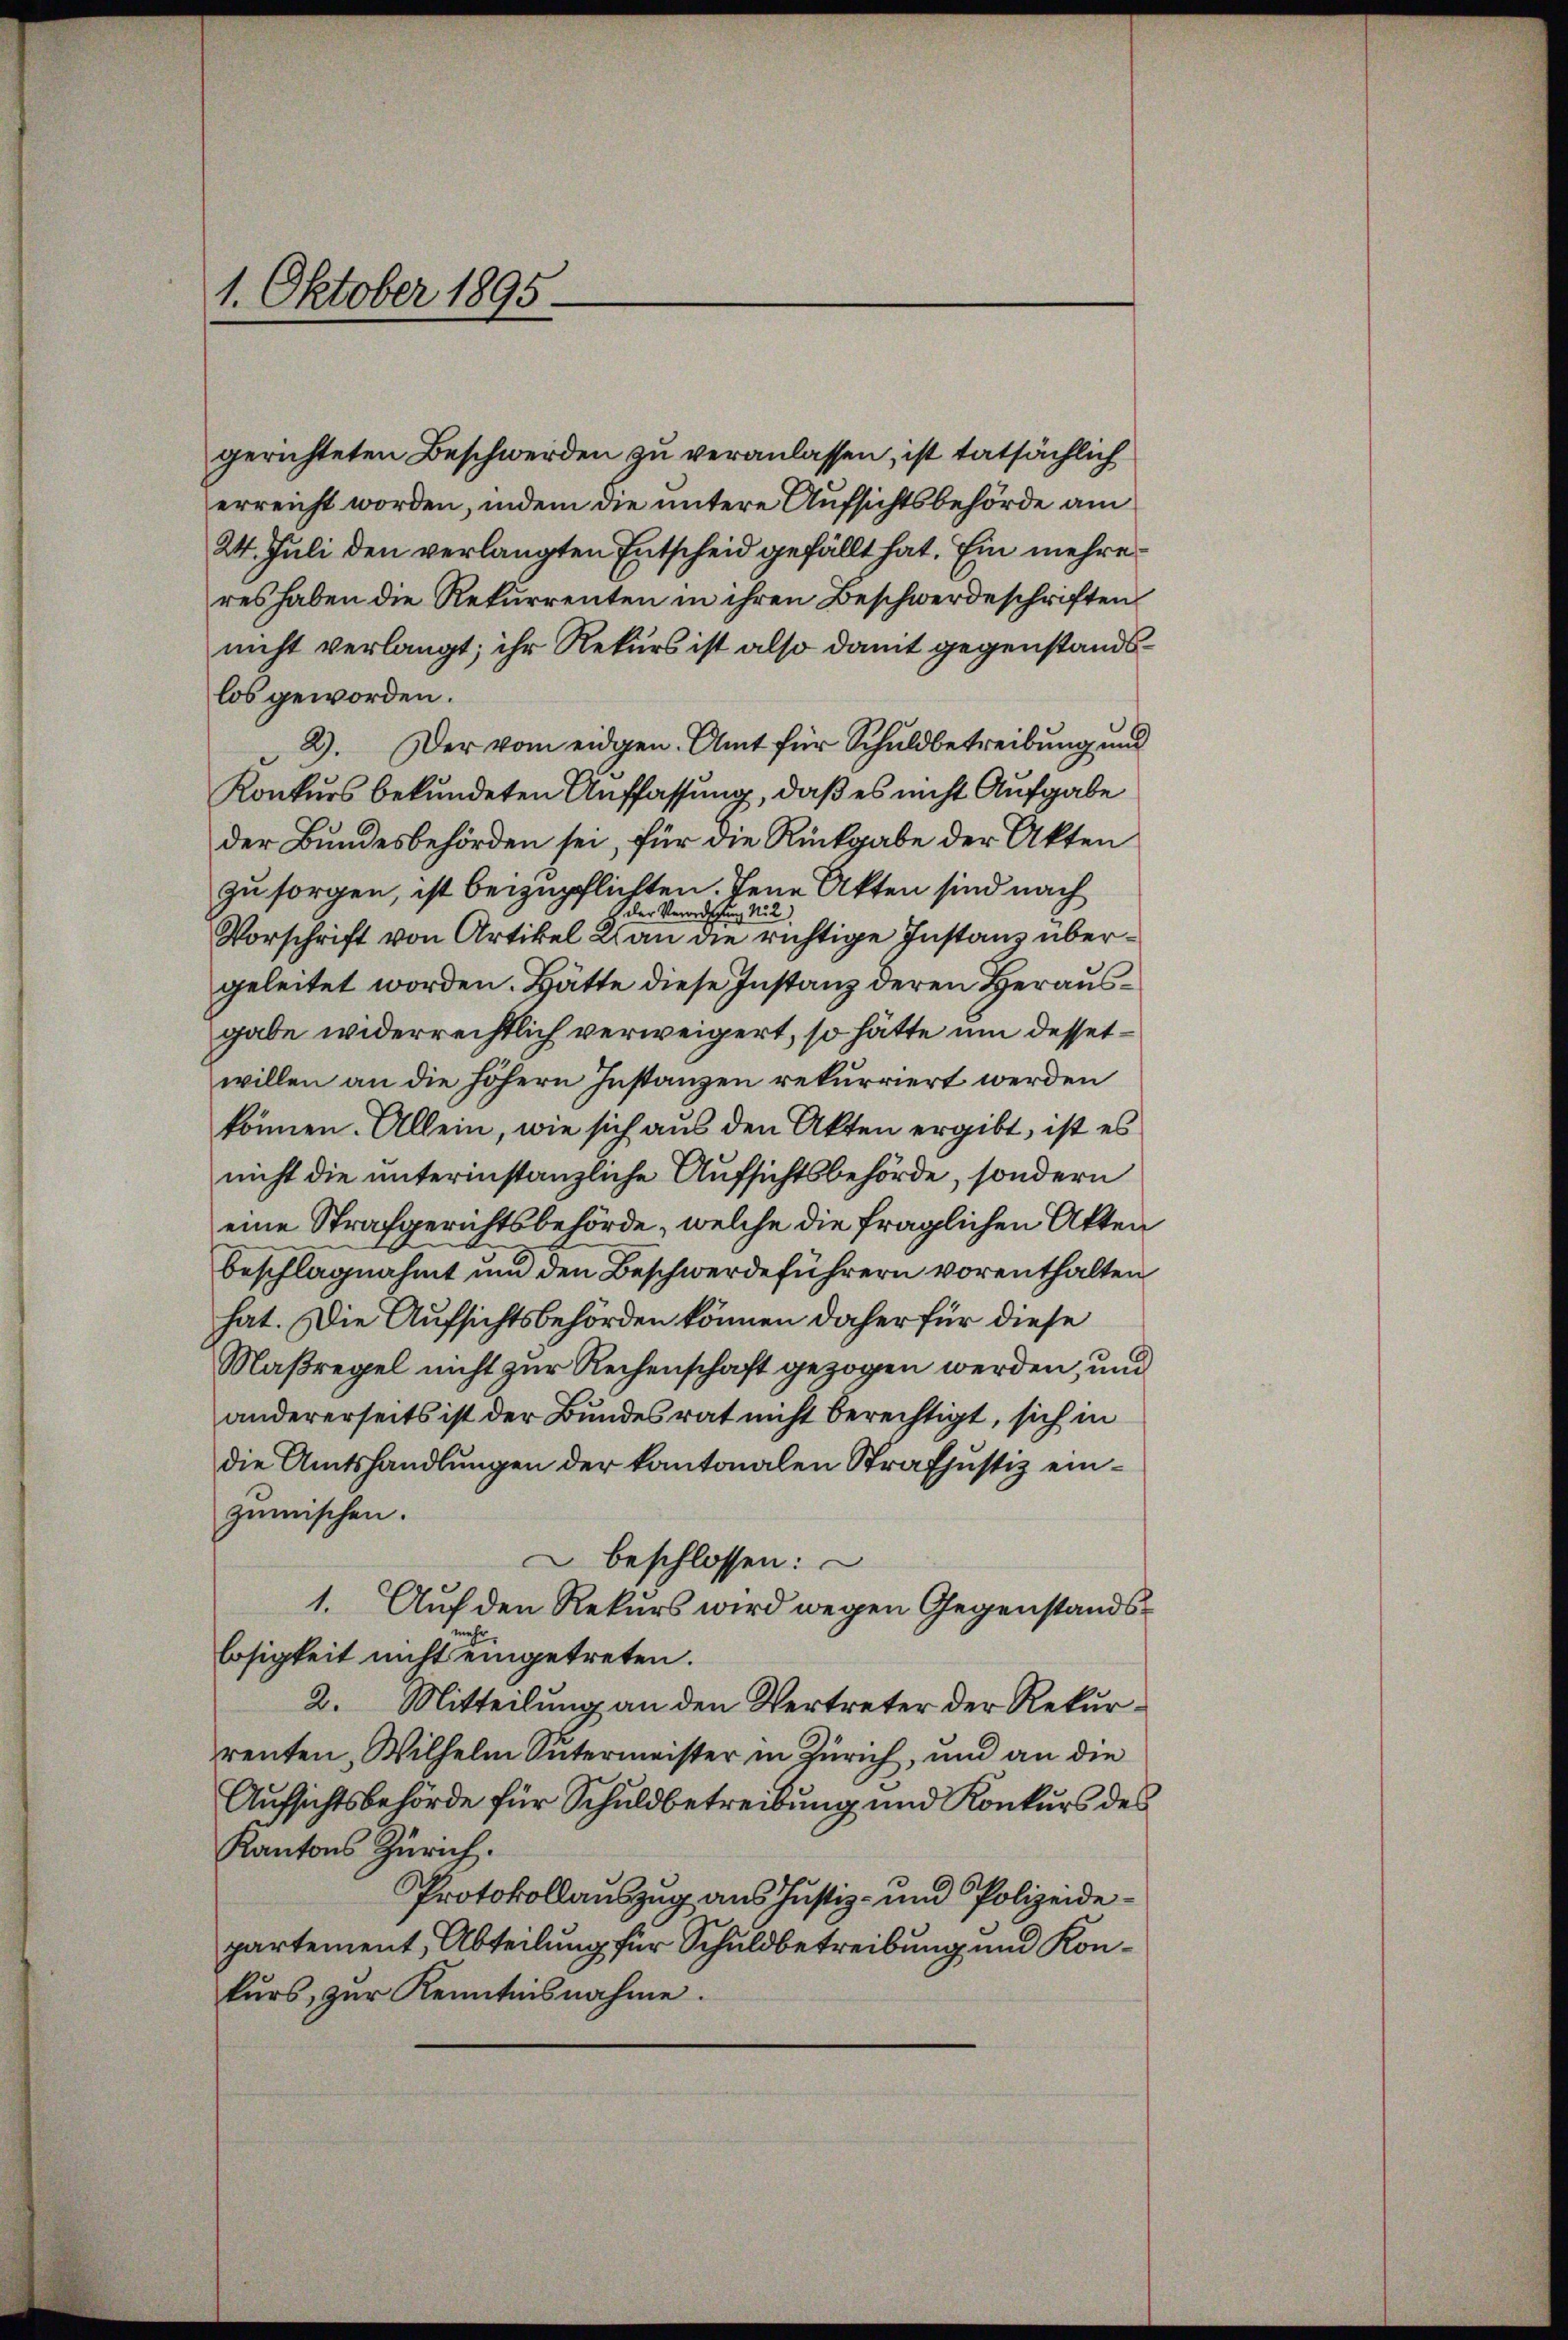
1. Oktober 1895.

gerichteten Beschwerden zu veranlassen, ist tatsächlich
erreicht worden, indem die untere Aufsichtsbehörde am
24. Juli den verlangten Entscheid gefällt hat. Ein mehreres haben die Rekurrenten in ihren Beschwerdeschriften
nicht verlangt; ihr Rekurs ist also damit gegenstandslos geworden.
2). Der vom eidgen. Amt für Schuldbetreibung und
Konkurs bekundeten Auffassung, daß es nicht Aufgabe
der Bundesbehörden sei, für die Rückgabe der Akten
zu sorgen, ist beizupflichten. Jene Akten sind nach
 der Verordschung Nr 2
Vorschrift von Artikel Kan die richtige Instanz übergeleitet worden. Hätte diese Instanz deren Herausgabe widerrechtlich verweigert, so hätte um dessetwillen an die höhern Instanzen rekurriert werden
können. Allein, wie sich aus den Akten ergibt, ist es
nicht die unterinstanzliche Aufsichtsbehörde, sondern
eine Strafgerichtsbehörde, welche die fraglichen Akten
beschlagnahmt und den Beschwerdeführern vorenthalten
hat. Die Aufsichtsbehörden können daher für diese
Maßregel nicht zur Rechenschaft gezogen werden, und
andererseits ist der Bundesrat nicht berechtigt, sich in
die Amtshandlungen der kantonalen Strafjustiz eingemischen.
beschlossen:
1. Auf den Rekurs wird wegen Gegenstands-
losigkeit nicht eingetreten.
2. Mitteilung an den Vertreter der Rekurrenten, Wilhelm Sutermeister in Zürich, und an die
Aufsichtsbehörde für Schuldbetreibung und Konkurs des
Kantons Zürich.
Protokollauszug aus Justiz- und Polizeidepartement, Abteilung für Schuldbetreibung und Konkurs, zur Kenntnisnahme.